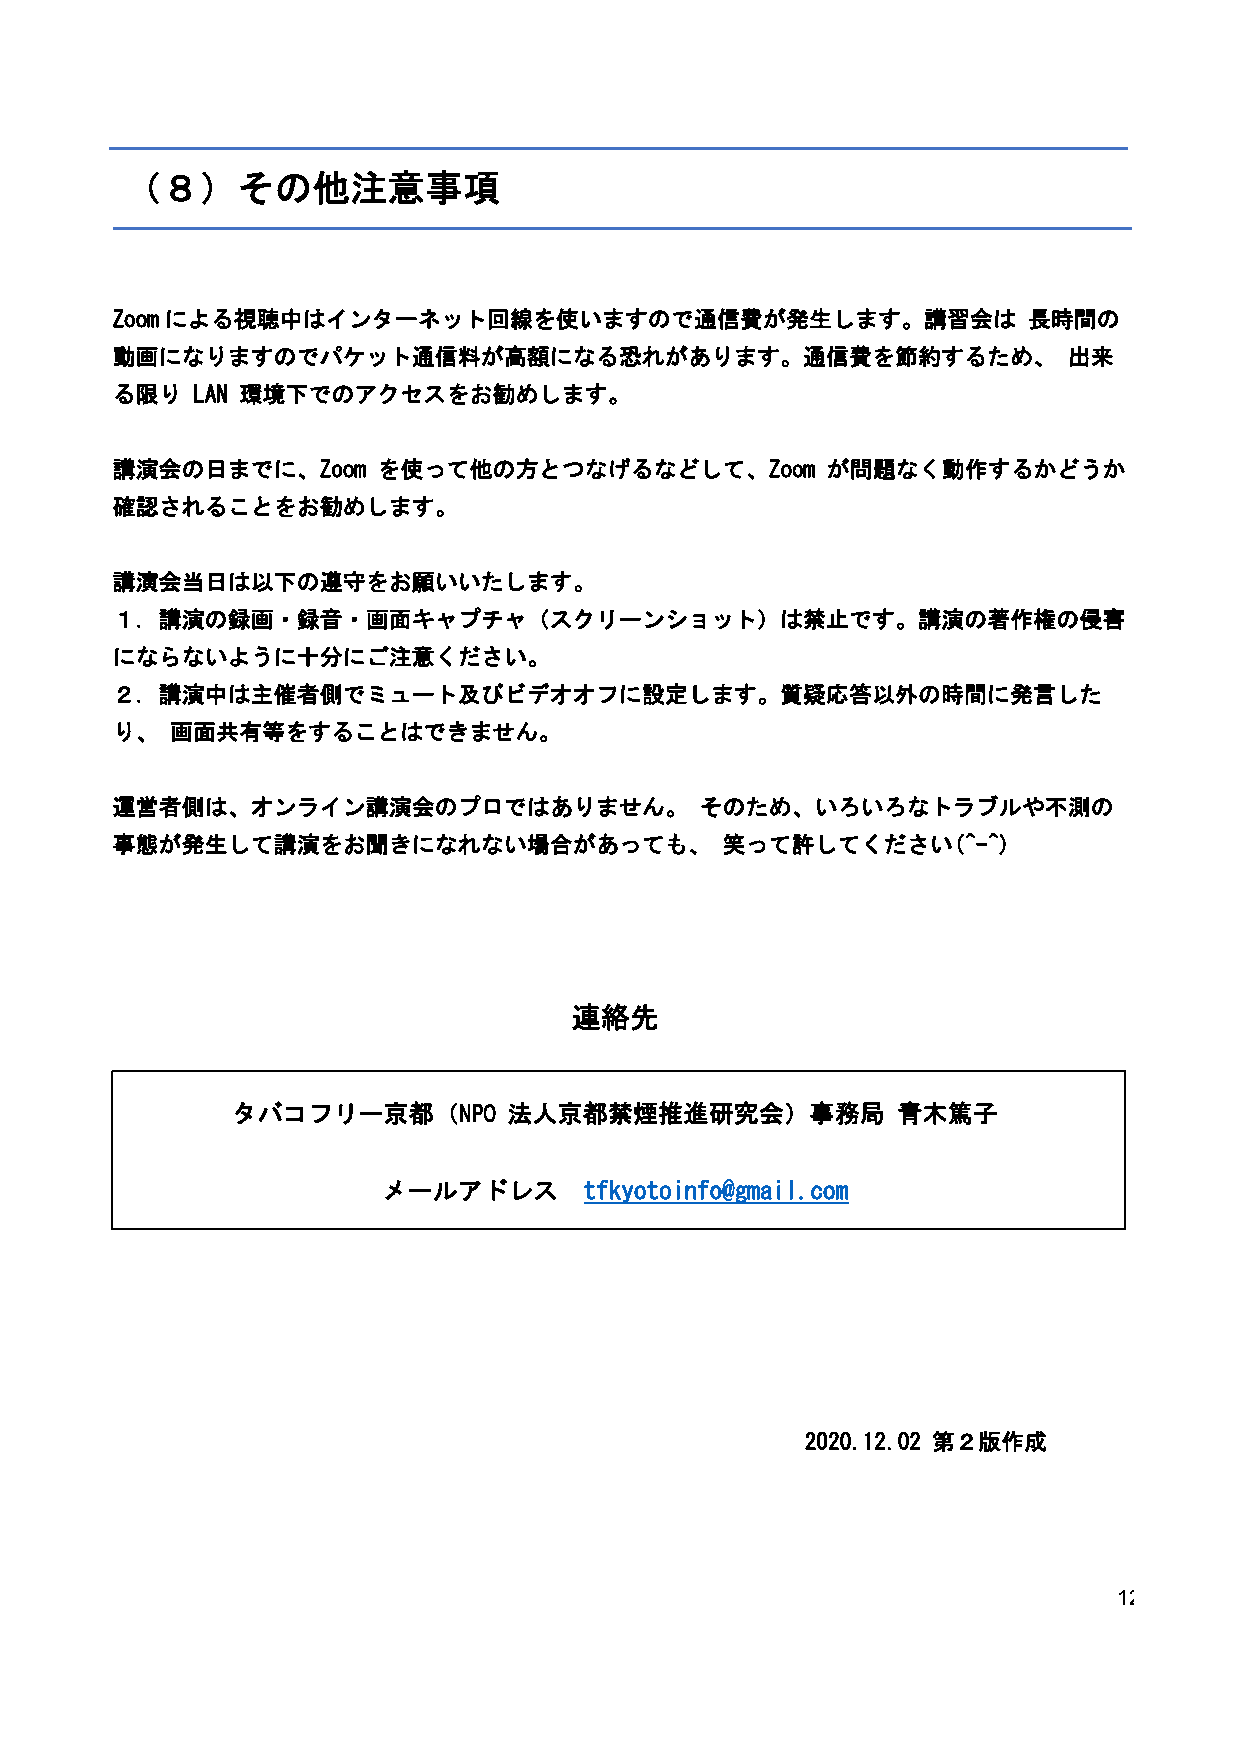
（８）その他注意事項
 Zoomによる視聴中はインターネット回線を使いますので通信費が発生します。講習会は                    長時間の
 動画になりますのでパケット通信料が高額になる恐れがあります。通信費を節約するため、                       出来
 る限り   LAN 環境下でのアクセスをお勧めします。
 講演会の日までに、Zoom     を使って他の方とつなげるなどして、Zoom         が問題なく動作するかどうか
 確認されることをお勧めします。
 講演会当日は以下の遵守をお願いいたします。
 １．講演の録画・録音・画面キャプチャ（スクリーンショット）は禁止です。講演の著作権の侵害
 にならないように十分にご注意ください。
 ２．講演中は主催者側でミュート及びビデオオフに設定します。質疑応答以外の時間に発言した
 り、  画面共有等をすることはできません。
 運営者側は、オンライン講演会のプロではありません。              そのため、いろいろなトラブルや不測の
 事態が発生して講演をお聞きになれない場合があっても、               笑って許してください(^-^)
 連絡先
 タバコフリー京都（NPO       法人京都禁煙推進研究会）事務局          青木篤子
 メールアドレス       tfkyotoinfo@gmail.com
 2020.12.02 第２版作成
 12